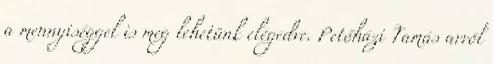
a mennyiséggel is meg lehetünk elégedve. Petőházi Tamás arról